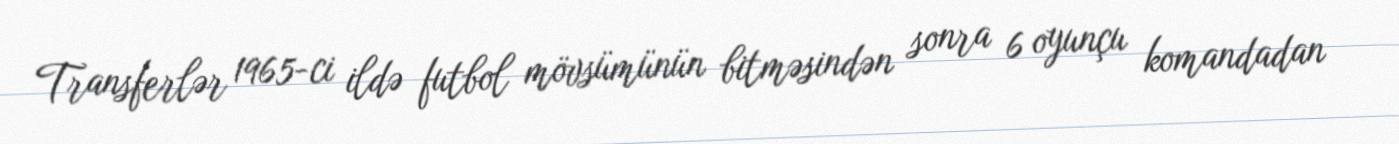
Transferlər 1965-ci ildə futbol mövsümünün bitməsindən sonra 6 oyunçu komandadan